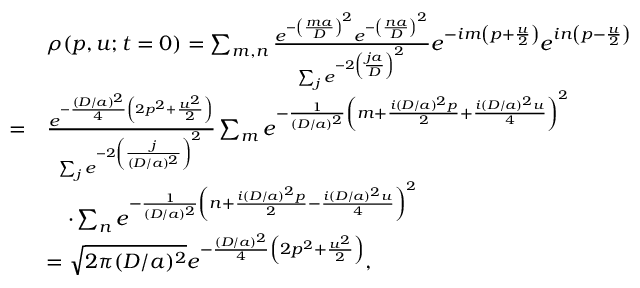
\begin{array} { r l } & { \rho ( p , u ; t = 0 ) = \sum _ { m , n } \frac { e ^ { - \left( \frac { m a } { D } \right) ^ { 2 } } e ^ { - \left( \frac { n a } { D } \right) ^ { 2 } } } { \sum _ { j } e ^ { - 2 \left( \frac { j a } { D } \right) ^ { 2 } } } e ^ { - i m \left( p + \frac { u } { 2 } \right) } e ^ { i n \left( p - \frac { u } { 2 } \right) } } \\ { = } & { \frac { e ^ { - \frac { ( D / a ) ^ { 2 } } { 4 } \left( 2 p ^ { 2 } + \frac { u ^ { 2 } } { 2 } \right) } } { \sum _ { j } e ^ { - 2 \left( \frac { j } { ( D / a ) ^ { 2 } } \right) ^ { 2 } } } \sum _ { m } e ^ { - \frac { 1 } { ( D / a ) ^ { 2 } } \left( m + \frac { i ( D / a ) ^ { 2 } p } { 2 } + \frac { i ( D / a ) ^ { 2 } u } { 4 } \right) ^ { 2 } } } \\ & { \quad \cdot \sum _ { n } e ^ { - \frac { 1 } { ( D / a ) ^ { 2 } } \left( n + \frac { i ( D / a ) ^ { 2 } p } { 2 } - \frac { i ( D / a ) ^ { 2 } u } { 4 } \right) ^ { 2 } } } \\ & { = \sqrt { 2 \pi ( D / a ) ^ { 2 } } e ^ { - \frac { ( D / a ) ^ { 2 } } { 4 } \left( 2 p ^ { 2 } + \frac { u ^ { 2 } } { 2 } \right) } , } \end{array}